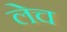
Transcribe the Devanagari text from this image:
लेच